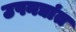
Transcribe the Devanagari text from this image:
उपनद्यांत